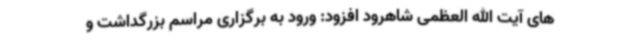
های آیت الله العظمی شاهرود افزود: ورود به برگزاری مراسم بزرگداشت و